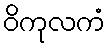
ဝိကုလကံ